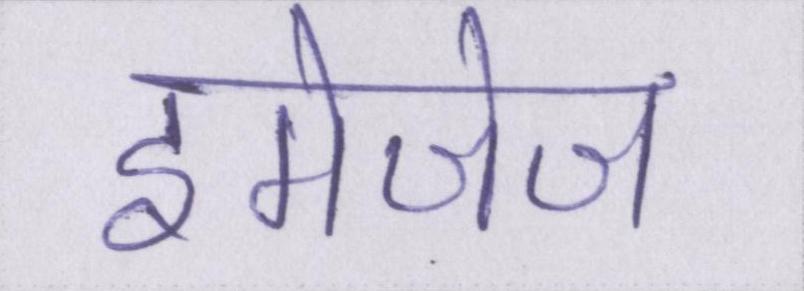
इमेजेज